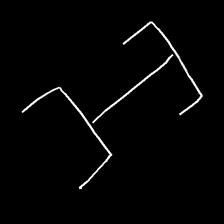
Glyph: entwine